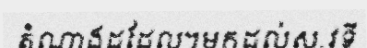
តំណាងដដែល។មកដល់ស.វទី